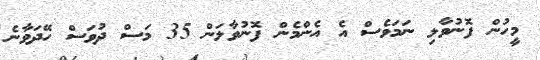
މީހުން ފޮނުވާލި ނަމަވެސް އެ އެންމެން ފޮނުވާލަން 35 މަސް ދުވަސް ހޭދަވާނެ